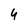
Character: 4